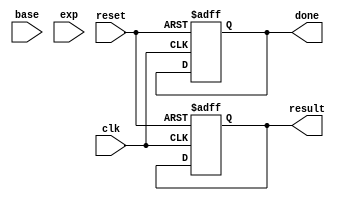
module pow_module (
    input clk,
    input reset,
    input [3:0] base,
    input [3:0] exp,
    output reg [7:0] result,
    output reg done
);

// Implementacin del algoritmo de exponenciacin rpida
reg [7:0] x;
reg [3:0] n;

always @(posedge clk or posedge reset) begin
    if (reset) begin
        result <= 8'd1;
        x <= 8'd1;
        n <= 4'd0;
        done <= 1'b0;
    end else begin
        if (n == 0) begin
            x <= base;
            n <= exp;
        end else begin
            if (n[0]) begin
                x <= x * base;
            end
            n <= n >> 1;
            if (n == 0) begin
                result <= x;
                done <= 1'b1;
            end
        end
    end
end

endmodule

module display_control (
    input clk,
    input btn, // Opcional: si quieres usar un botn para resetear
    input [7:0] data, // Entrada de datos (nmero o resultado)
    input [3:0] op, // Entrada del operador
    input display_enable, // Seal de habilitacin del display
    output wire [6:0] disi2, // Salida de 7 segmentos
    output wire [3:0] hbl2 // Salida de habilitacin de dgitos
);

// Divisor de frecuencia para el refresco del display
reg [27:0] counter = 28'd0;
parameter DIVISOR = 28'd50_000; // Frecuencia requerida
reg clock_out, clock;

// Registros para almacenar los valores de cada dgito
reg [3:0] digit_data;

// Contador de dgitos
reg [1:0] cout = 2'b00;

always @(posedge clk) begin
    if (counter >= DIVISOR) begin
        counter <= 28'd0;
        clock_out <= 1'b0; // Apagar si se reinicia el contador
    end else begin
        counter <= counter + 1;
        clock_out <= (counter < DIVISOR/2) ? 1'b1 : 1'b0;
    end

    // Actualizar el contador de dgitos en cada ciclo de reloj
    cout <= cout + 1;
    if (cout == 2'b11)
        cout <= 2'b00;
end

// Asignar los valores de los dgitos segn las entradas
always @(posedge clock_out) begin
    case (cout)
        2'b00: digit_data <= (display_enable) ? data[7:4] : 4'b0000; // Dgito ms significativo del nmero o resultado
        2'b01: digit_data <= (display_enable) ? data[3:0] : 4'b0000; // Dgito menos significativo del nmero o resultado
        2'b10: digit_data <= (display_enable) ? {1'b0, op} : 4'b0000; // Operador
        2'b11: digit_data <= 4'b0000; // No se utiliza (puedes asignar un valor si lo deseas)
    endcase
end

// Asignar las salidas del display
assign disi2 = ~display_segment(digit_data);
assign hbl2 = (cout == 2'b00) ? 4'b0111 :
              (cout == 2'b01) ? 4'b1011 :
              (cout == 2'b10) ? 4'b1101 :
              (cout == 2'b11) ? 4'b1110 : // Caso faltante agregado
              4'b0000; // Apagar si 'cout' no coincide

// Funcin para decodificar el valor del dgito a los segmentos del display
function [6:0] display_segment;
    input [3:0] value;
    case (value)
        4'b0000: display_segment = 7'b0000001; // 0
        4'b0001: display_segment = 7'b1001111; // 1
        4'b0010: display_segment = 7'b0010010; // 2
        4'b0011: display_segment = 7'b0000110; // 3
        4'b0100: display_segment = 7'b1001100; // 4
        4'b0101: display_segment = 7'b0100100; // 5
        4'b0110: display_segment = 7'b0100000; // 6
        4'b0111: display_segment = 7'b0001111; // 7
        4'b1000: display_segment = 7'b0000000; // 8
        4'b1001: display_segment = 7'b0000100; // 9
        default: display_segment = 7'b1111111; // Apagar el display
    endcase
endfunction

endmodule

module alu (
    input clk,
    input key_valid,
    input reset,
    input [3:0] a,
    input [3:0] b,
    input [2:0] opcode,
    output reg [7:0] result
);

    wire [7:0] result1;
    wire [7:0] pow_result;
    wire pow_done;

    pow_module u_pow (
        .clk(clk),
        .reset(reset),
        .base(a),
        .exp(b),
        .result(pow_result),
        .done(pow_done)
    );

    always @(posedge clk or posedge reset) begin
        if (reset) begin
            result <= 8'b0;
        end else begin
            if (key_valid) begin
                case (opcode)
                    3'b000: result <= a + b;        // Suma
                    3'b001: result <= a - b;        // Resta
                    3'b010: begin // Divisin
                            if (b != 0)
                                result <= a / b;
                            else
                                result <= 8'b11111111; // Proteccin contra divisin por cero
                          end
                    3'b011: result <= a * b;        // Multiplicacin
                    3'b100: begin // Potencia
                            if (pow_done)
                                result <= pow_result;
                          end
                    3'b101: result <= (a * b) / 8'd100; // Porcentaje
                    default: ; // Mantener el valor anterior de result
                endcase
            end else begin
                result <= result1;
            end
        end
    end

endmodule

module controller (
    input clk,
    input reset,
    input [3:0] key,
    input key_valid,
    output reg [7:0] result,
    output reg [3:0] op_display // Opcional, para mostrar la operacin actual
);

    reg [3:0] a, b;
    reg [2:0] opcode;
    reg [2:0] state;
    reg [3:0] temp_a, temp_b;
    reg loading_a, loading_b;
    reg div_counter;
    reg div_done;
    reg b_loaded; // Variable de estado adicional para indicar si b ha sido cargado
    reg double_mul, double_div; // Variables para rastrear dobles pulsaciones

    localparam STATE_IDLE = 4'b0000;
    localparam STATE_OP = 4'b0001;
    localparam STATE_B = 4'b0010;
    localparam STATE_CALC = 4'b0011;
    localparam STATE_POW = 4'b0100;
    localparam STATE_DIV = 4'b0101;
    localparam STATE_MUL = 4'b0110;
    localparam STATE_DIV_CALC = 4'b0111;
    localparam STATE_MUL_CALC = 4'b1000;
    localparam STATE_MUL_CALC_CALC = 4'b1001;
    localparam KEY_EQ = 4'b1110;
    localparam STATE_WAIT = 4'b1010; // Cambiar el valor de STATE_WAIT

wire [7:0] result1;

alu u_alu (
    .clk(clk),
    .key_valid(key_valid),
    .reset(reset),
    .a(a),
    .b(b),
    .opcode(opcode),
    .result(result1)
);

// Funcin para cargar a y b
task load_operand;
    input [3:0] operand;
    input load_a;
    begin
        if (load_a) begin
            temp_a <= temp_a * 4'd10 + operand;
        end else begin
            temp_b <= temp_b * 4'd10 + operand;
        end
    end
endtask

// Tarea para calcular divisin y multiplicacin
task calc_div_mul;
    input [2:0] op;
    begin
        div_counter <= 1'b0;
        div_done <= 1'b0;
        if (op == 3'b010) begin // Divisin
            state <= STATE_DIV;
        end else if (op == 3'b011) begin // Multiplicacin
            state <= STATE_MUL;
        end
    end
endtask

always @(posedge clk or posedge reset) begin
    if (reset) begin
        state <= STATE_IDLE;
        a <= 4'b0000;
        b <= 4'b0000;
        temp_a <= 4'b0000;
        temp_b <= 4'b0000;
        opcode <= 3'b000;
        result <= 8'b00000000;
        op_display <= 4'b0000;
        loading_a <= 1'b0;
        loading_b <= 1'b0;
        div_counter <= 1'b0;
        div_done <= 1'b0;
        b_loaded <= 1'b0;
        double_mul <= 1'b0;
        double_div <= 1'b0;

    end else begin
        case (state)
            STATE_IDLE: begin
                if (key_valid) begin
                    if (key <= 4'b1001) begin
                        load_operand(key, 1'b1); // Cargar a
                        loading_a <= 1'b1;
                    end else if (key >= 4'b1010 && key <= 4'b1101) begin
                        if (loading_a) begin
                            a <= temp_a;
                            loading_a <= 1'b0;
                            temp_a <= 4'b0000;
                        end
                       case (key)
                            4'b1010: opcode <= 3'b000; // +
                            4'b1011: opcode <= 3'b001; // -
                            4'b1100: begin // %
                                if (double_div) begin
                                    opcode <= 3'b101; // Porcentaje
                                    double_div <= 1'b0;
                                end else begin
                                    opcode <= 3'b010; // Divisin
                                    double_div <= 1'b1;
                                end
                            end
                            4'b1101: begin // *
                                if (double_mul) begin
                                    opcode <= 3'b100; // Potencia
                                    double_mul <= 1'b0;
                                end else begin
                                    opcode <= 3'b011; // Multiplicacin
                                    double_mul <= 1'b1;
                                end
                            end
                            4'b1110: begin // Potencia (A)
                                state <= STATE_WAIT;
                                b_loaded <= 1'b0;
                            end
                            4'b1111: opcode <= 3'b010; // /
                            default: ;
                        endcase
                        state <= STATE_OP;
                    end else if (key == KEY_EQ) begin
                        state <= STATE_CALC;
                    end
                end
            end
            STATE_WAIT: begin
                if (key_valid) begin
                    if (key <= 4'b1001) begin
                        load_operand(key, 1'b0); // Cargar b
                        loading_b <= 1'b1;
                    end else if (key == KEY_EQ) begin
                        if (loading_b) begin
                            b <= temp_b;
                            loading_b <= 1'b0;
                            temp_b <= 4'b0000;
                            b_loaded <= 1'b1;
                        end
                    end
                end
                if (b_loaded) begin
                    state <= STATE_POW;
                end
            end
            STATE_OP: begin
                if (key_valid) begin
                    if (key <= 4'b1001) begin
                        load_operand(key, 1'b0); // Cargar b
                        loading_b <= 1'b1;
                    end else if (key == KEY_EQ) begin
                        if (loading_b) begin
                            b <= temp_b;
                            loading_b <= 1'b0;
                            temp_b <= 4'b0000;
                        end
                        state <= STATE_CALC;
                    end
                end
            end
            STATE_B: begin
                if (key_valid) begin
                    if (key <= 4'b1001) begin
                        load_operand(key, 1'b0); // Cargar b
                        loading_b <= 1'b1;
                    end else if (key == KEY_EQ) begin
                        if (loading_b) begin
                            b <= temp_b;
                            loading_b <= 1'b0;
                            temp_b <= 4'b0000;
                        end
                        state <= STATE_CALC;
                    end
                end
            end
            STATE_CALC: begin
                calc_div_mul(opcode);
            end
            STATE_POW: begin
                result <= result1;
                state <= STATE_IDLE;
            end
            STATE_DIV: begin
                if (div_counter < b) begin
                    div_counter <= div_counter + 1'b1;
                end else begin
                    div_done <= 1'b1;
                    state <= STATE_DIV_CALC;
                end
            end
            STATE_MUL: begin
                if (div_counter < b) begin
                    div_counter <= div_counter + 1'b1;
                end else begin
                    div_done <= 1'b1;
                    state <= STATE_MUL_CALC;
                end
            end
            STATE_DIV_CALC: begin
                if (div_done) begin
                    result <= result1;
                    state <= STATE_IDLE;
                end
            end
            STATE_MUL_CALC: begin
                if (div_done) begin
                    result <= result1;
                    state <= STATE_IDLE;
                end
            end
        endcase
    end
end

// Asignar el operador al display
always @(posedge clk or posedge reset) begin
    if (reset) begin
        op_display <= 4'b0000;
    end else begin
        case (opcode)
            3'b000: op_display <= 4'b1010; // +
            3'b001: op_display <= 4'b1011; // -
            3'b010: op_display <= 4'b1111; // /
            3'b011: op_display <= 4'b1101; // *
            3'b101: op_display <= 4'b1100; // %
            default: op_display <= 4'b0000;
        endcase
    end
end

endmodule

module calculator_top (
    input clk,
    input reset,
    input [3:0] key,
    input key_valid,
    output wire [6:0] disi2,
    output wire [3:0] hbl2
);

    wire [7:0] result;
    wire [3:0] op_display;

    controller u_controller (
        .clk(clk),
        .reset(reset),
        .key(key),
        .key_valid(key_valid),
        .result(result),
        .op_display(op_display)
    );

    display_control u_display_control (
        .clk(clk),
        .btn(reset), // Puedes usar un botn para resetear el display
        .data(result),
        .op(op_display),
        .display_enable(1'b1), // Habilitar el display
        .disi2(disi2),
        .hbl2(hbl2)
    );

endmodule

// Mdulo para generar la seal key_valid
module key_controller (
    input clk,
    input reset,
    input [3:0] key,
    output reg key_valid
);

    reg [3:0] shift_reg;
    localparam KEY_VALID_SEQUENCE = 4'b1111; // Secuencia de teclas vlida

    always @(posedge clk or posedge reset) begin
        if (reset) begin
            shift_reg <= 4'b0000;
            key_valid <= 1'b0;
        end else begin
            shift_reg <= {shift_reg[2:0], key[3]}; // Desplazar a la izquierda
            if (shift_reg == KEY_VALID_SEQUENCE) begin
                key_valid <= 1'b1;
            end else begin
                key_valid <= 1'b0;
            end
        end
    end

endmodule